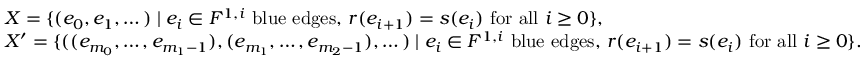
\begin{array} { r l } & { X = \{ ( e _ { 0 } , e _ { 1 } , \dots ) \mid e _ { i } \in F ^ { 1 , i } \mathrm { ~ b l u e ~ e d g e s , ~ } r ( e _ { i + 1 } ) = s ( e _ { i } ) \mathrm { ~ f o r ~ a l l ~ } i \geq 0 \} , } \\ & { X ^ { \prime } = \{ ( ( e _ { m _ { 0 } } , \dots , e _ { m _ { 1 } - 1 } ) , ( e _ { m _ { 1 } } , \dots , e _ { m _ { 2 } - 1 } ) , \dots ) \mid e _ { i } \in F ^ { 1 , i } \mathrm { ~ b l u e ~ e d g e s , ~ } r ( e _ { i + 1 } ) = s ( e _ { i } ) \mathrm { ~ f o r ~ a l l ~ } i \geq 0 \} . } \end{array}